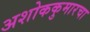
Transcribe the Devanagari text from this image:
अशोककुमारचा